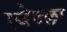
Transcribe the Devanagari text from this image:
स्वेज्छा